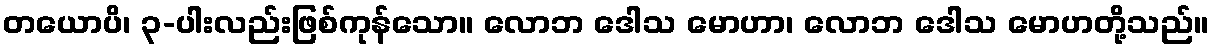
တယောပိ၊ ၃-ပါးလည်းဖြစ်ကုန်သော။ လောဘ ဒေါသ မောဟာ၊ လောဘ ဒေါသ မောဟတို့သည်။